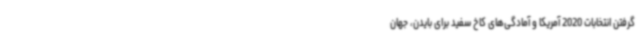
گرفتن انتخابات 2020 آمریکا و آمادگی‌های کاخ سفید برای بایدن، جهان